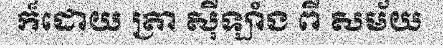
ក៏ដោយ ត្រា ស៊ីឡាំង ពី សម័យ